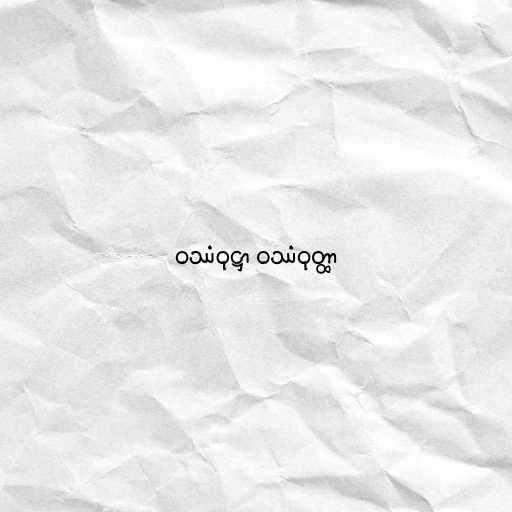
ဝဿံဝုဋ္ဌာ ဝဿံဝုတ္ထာ